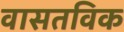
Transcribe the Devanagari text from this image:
वासतविक